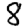
Digit: 8